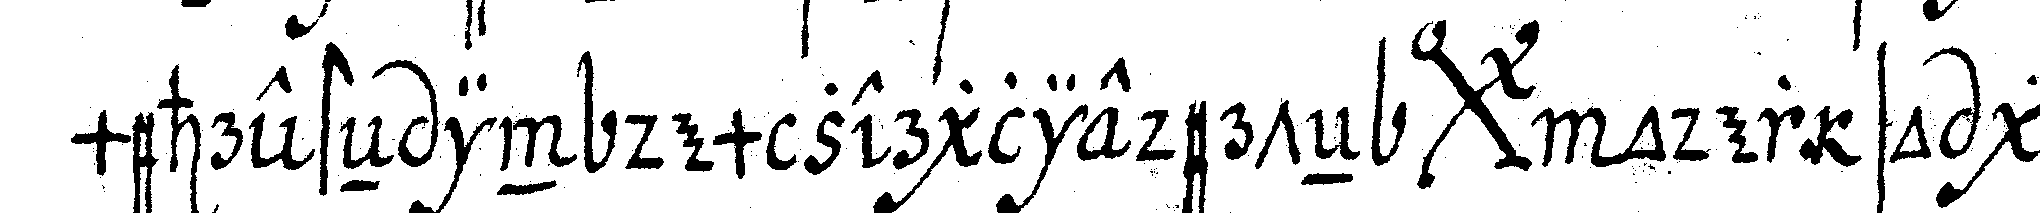
mehresteN in dem zergliederteN *bigx* oder so ge